Annual report of the Civil Veterinary Department, Bengal, for the year 1897-98 - 1897-1898
Year: 1897
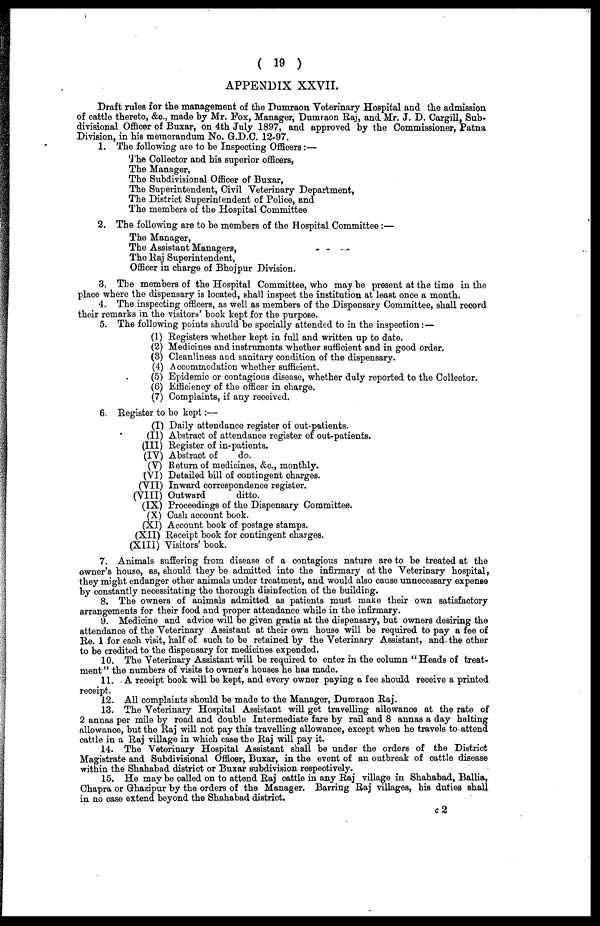
( 19 )
APPENDIX XXVII.
Draft rules for the management of the Dumraon Veterinary Hospital and the admission
of cattle thereto, &c., made by Mr. Fox, Manager, Dumraon Raj, and Mr. J. D. Cargill, Sub-
divisional Officer of Buxar, on 4th July 1897, and approved by the Commissioner, Patna
Division, in his memorandum No. G.D.C. 12-97.
1. The following are to be Inspecting Officers :—
The Collector and his superior officers,
The Manager,
The Subdivisional Officer of Buxar,
The Superintendent, Civil Veterinary Department,
The District Superintendent of Police, and
The members of the Hospital Committee
2. The following are to be members of the Hospital Committee :—
The Manager,
The Assistant Managers,
The Raj Superintendent,
Officer in charge of Bhojpur Division.
3. The members of the Hospital Committee, who may be present at the time in the
place where the dispensary is located, shall inspect the institution at least once a month.
4. The inspecting officers, as well as members of the Dispensary Committee, shall record
their remarks in the visitors' book kept for the purpose.
5. The following points should be specially attended to in the inspection :—
(1) Registers whether kept in full and written up to date.
(2) Medicines and instruments whether sufficient and in good order.
(3) Cleanliness and sanitary condition of the dispensary.
(4) Accommodation whether sufficient.
(5) Epidemic or contagious disease, whether duly reported to the Collector.
(6) Efficiency of the officer in charge.
(7) Complaints, if any received.
6. Register to be kept :—
(I) Daily attendance register of out-patients.
(II) Abstract of attendance register of out-patients.
(III) Register of in-patients.
(IV) Abstraot of
do.
(V) Return of medicines, &c., monthly.
(VI) Detailed bill of contingent charges.
(VII) Inward correspondence register.
(VIII) Outward
ditto.
(IX) Proceedings of the Dispensary Committee.
(X) Cash account book.
(XI) Account book of postage stamps.
(XII) Receipt book for contingent charges.
(XIII) Visitors' book.
7. Animals suffering from disease of a contagious nature are to be treated at the
owner's house, as, should they be admitted into the infirmary at the Veterinary hospital,
they might endanger other animals under treatment, and would also cause unnecessary expense
by constantly necessitating the thorough disinfection of the building.
8. The owners of animals admitted as patients must make their own satisfactory
arrangements for their food and proper attendance while in the infirmary.
9. Medicine and advice will be given gratis at the dispensary, but owners desiring the
attendance of the Veterinary Assistant at their own house will be required to pay a fee of
Re. 1 for each visit, half of such to be retained by the Veterinary Assistant, and the other
to be credited to the dispensary for medicines expended.
10. The Veterinary Assistant will be required to enter in the column "Heads of treat-
ment" the numbers of visits to owner's houses he has made.
11. A receipt book will be kept, and every owner paying a fee should receive a printed
receipt.
12. All complaints should be made to the Manager, Dumraon Raj.
13. The Veterinary Hospital Assistant will get travelling allowance at the rate of
2 annas per mile by road and double Intermediate fare by rail and 8 annas a day halting
allowance, but the Raj will not pay this travelling allowance, except when he travels to attend
cattle in a Raj village in which case the Raj will pay it.
14. The Veterinary Hospital Assistant shall be under the orders of the District
Magistrate and Subdivisional Officer, Buxar, in the event of an outbreak of cattle disease
within the Shahabad district or Buxar subdivision respectively.
15. He may be called on to attend Raj cattle in any Raj village in Shahabad, Ballia,
Chapra or Ghazipur by the orders of the Manager. Barring Raj villages, his duties shall
in no case extend beyond the Shahabad district.
c 2